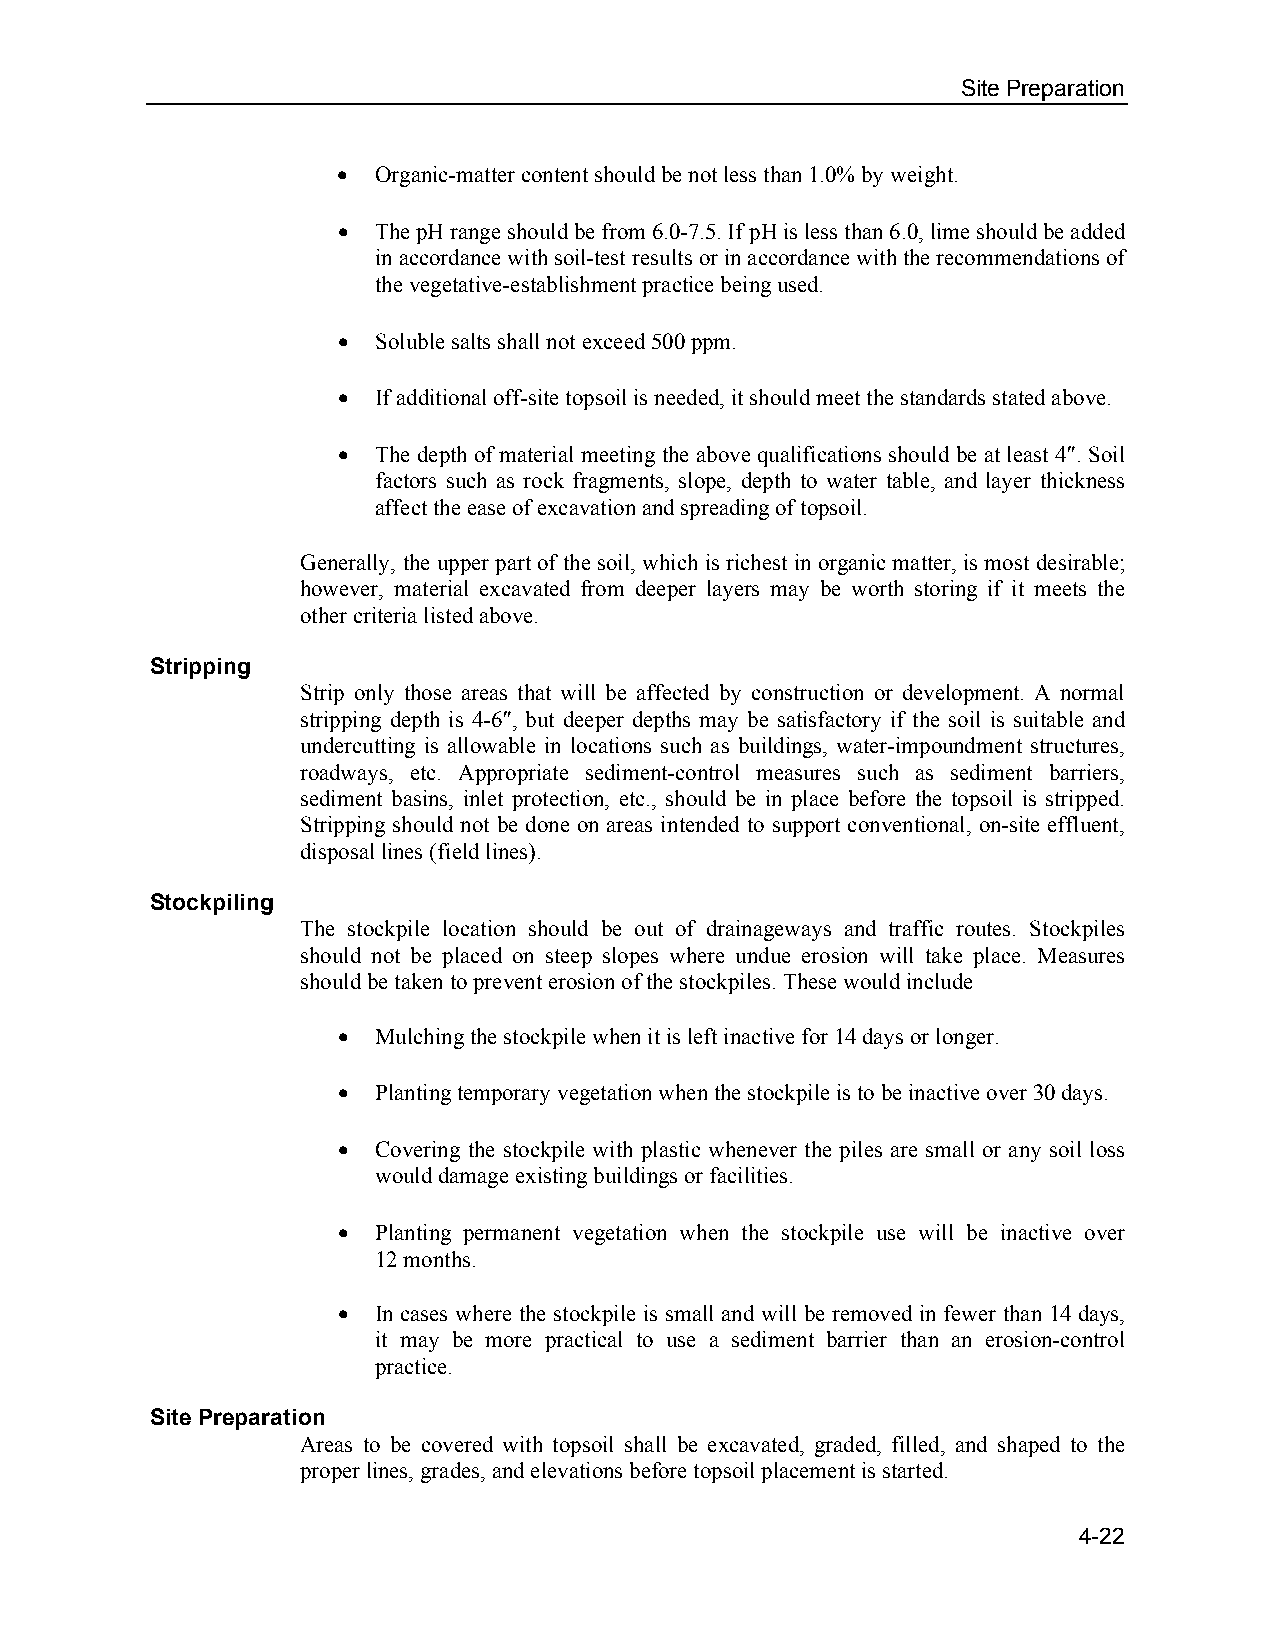
Site Preparation
   Organic-matter content should be not less than 1.0% by weight.
   The pH range should be from 6.0-7.5. If pH is less than 6.0, lime should be added
 in accordance with soil-test results or in accordance with the recommendations of
 the vegetative-establishment practice being used.
   Soluble salts shall not exceed 500 ppm.
   If additional off-site topsoil is needed, it should meet the standards stated above.
   The depth of material meeting the above qualifications should be at least 4″. Soil
 factors such as rock fragments, slope, depth to water table, and layer thickness
 affect the ease of excavation and spreading of topsoil.
 Generally, the upper part of the soil, which is richest in organic matter, is most desirable;
 however, material excavated from deeper layers may be worth storing if it meets the
 other criteria listed above.
 Stripping
 Strip only those areas that will be affected by construction or development. A normal
 stripping depth is 4-6″, but deeper depths may be satisfactory if the soil is suitable and
 undercutting is allowable in locations such as buildings, water-impoundment structures,
 roadways, etc. Appropriate sediment-control measures such as sediment barriers,
 sediment basins, inlet protection, etc., should be in place before the topsoil is stripped.
 Stripping should not be done on areas intended to support conventional, on-site effluent,
 disposal lines (field lines).
 Stockpiling
 The stockpile location should be out of drainageways and traffic routes. Stockpiles
 should not be placed on steep slopes where undue erosion will take place. Measures
 should be taken to prevent erosion of the stockpiles. These would include
   Mulching the stockpile when it is left inactive for 14 days or longer.
   Planting temporary vegetation when the stockpile is to be inactive over 30 days.
   Covering the stockpile with plastic whenever the piles are small or any soil loss
 would damage existing buildings or facilities.
   Planting permanent vegetation when the stockpile use will be inactive over
 12 months.
   In cases where the stockpile is small and will be removed in fewer than 14 days,
 it may be more practical to use a sediment barrier than an erosion-control
 practice.
 Site Preparation
 Areas to be covered with topsoil shall be excavated, graded, filled, and shaped to the
 proper lines, grades, and elevations before topsoil placement is started.
 4-22